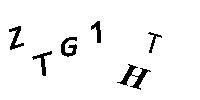
ZTG1HT